Civil Veterinary Dept. North-West Frontier Province 1901-22 - 1901-1922
Year: 1901
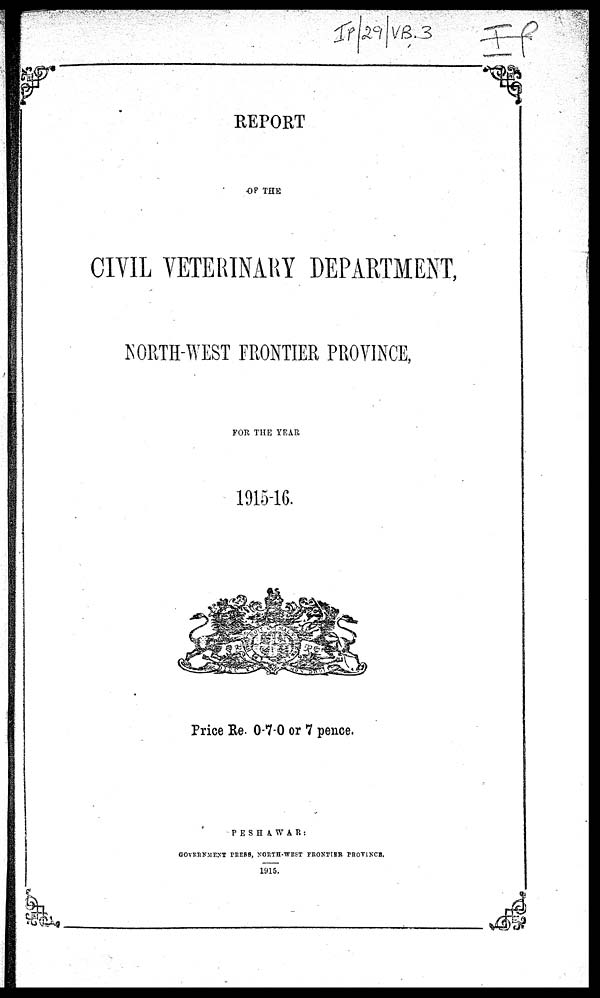
REPORT
OF THE
CIVIL VETERINARY DEPARTMENT,
NORTH-WEST FRONTIER PROVINCE,
FOR THE YEAR
1915-16.
Price Re. 0-7-0 or 7 pence.
PESHAWAR:
GOVERNMENT PRESS, NORTH-WEST FRONTIER PROVINCE.
1915.